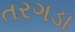
તરગડા